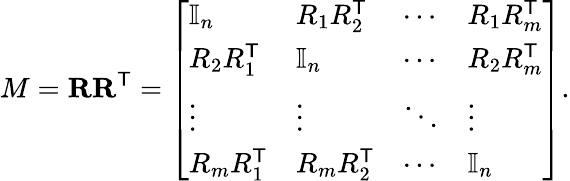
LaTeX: M=\mathbf{R}\mathbf{R}^{\mathsf{T}}=\left[\begin{array}{llll}{\mathbb{I}_{n}}&{R_{1}R_{2}^{\mathsf{T}}}&{\cdots}&{R_{1}R_{m}^{\mathsf{T}}}\\ {R_{2}R_{1}^{\mathsf{T}}}&{\mathbb{I}_{n}}&{\cdots}&{R_{2}R_{m}^{\mathsf{T}}}\\ {\vdots}&{\vdots}&{\ddots}&{\vdots}\\ {R_{m}R_{1}^{\mathsf{T}}}&{R_{m}R_{2}^{\mathsf{T}}}&{\cdots}&{\mathbb{I}_{n}}\end{array}\right].